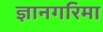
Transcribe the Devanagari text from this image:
ज्ञानगरिमा